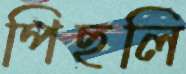
পিছলি